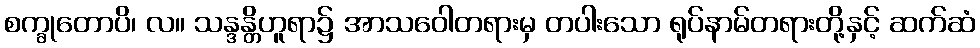
စက္ခုတောပိ၊ လ။ သန္ဒန္တိဟူရာ၌ အာသဝေါတရားမှ တပါးသော ရုပ်နာမ်တရားတို့နှင့် ဆက်ဆံ